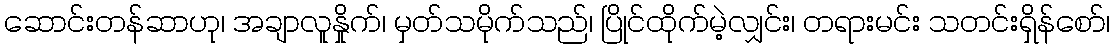
ဆောင်းတန်ဆာဟု၊ အချာလူနှိုက်၊ မှတ်သမိုက်သည်၊ ပြိုင်ထိုက်မဲ့လျှင်း၊ တရားမင်း သတင်းရှိန်စော်၊